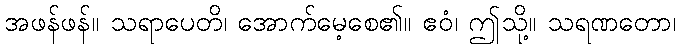
အဖန်ဖန်။ သရာပေတိ၊ အောက်မေ့စေ၏။ ဧဝံ၊ ဤသို့။ သရဏတော၊